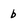
Character: b